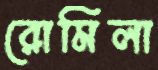
রোমিলা